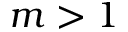
m > 1